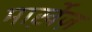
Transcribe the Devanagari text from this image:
मार्ख़ेज़